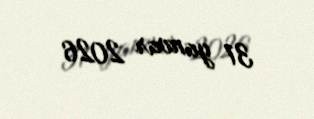
31 yanvar 2026